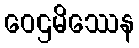
ဝေဌမိဿေန